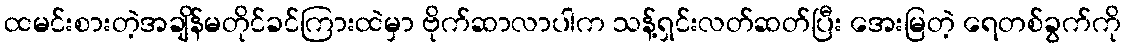
ထမင်းစားတဲ့အချိန်မတိုင်ခင်ကြားထဲမှာ ဗိုက်ဆာလာပါက သန့်ရှင်းလတ်ဆတ်ပြီး အေးမြတဲ့ ရေတစ်ခွက်ကို